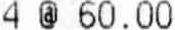
4 @ 60.00